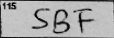
Transcription: SBF